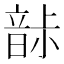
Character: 𩐡